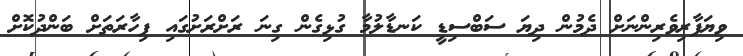
ވިޔަފާރިވެރިންނަށް ދެމުން ދިޔަ ސަބްސިޑީ ކަނޑާލުމާ ގުޅިގެން ގިނަ ރަށްރަށުގައި ފިހާރަތަށް ބަންދުކޮށް